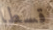
قسطا